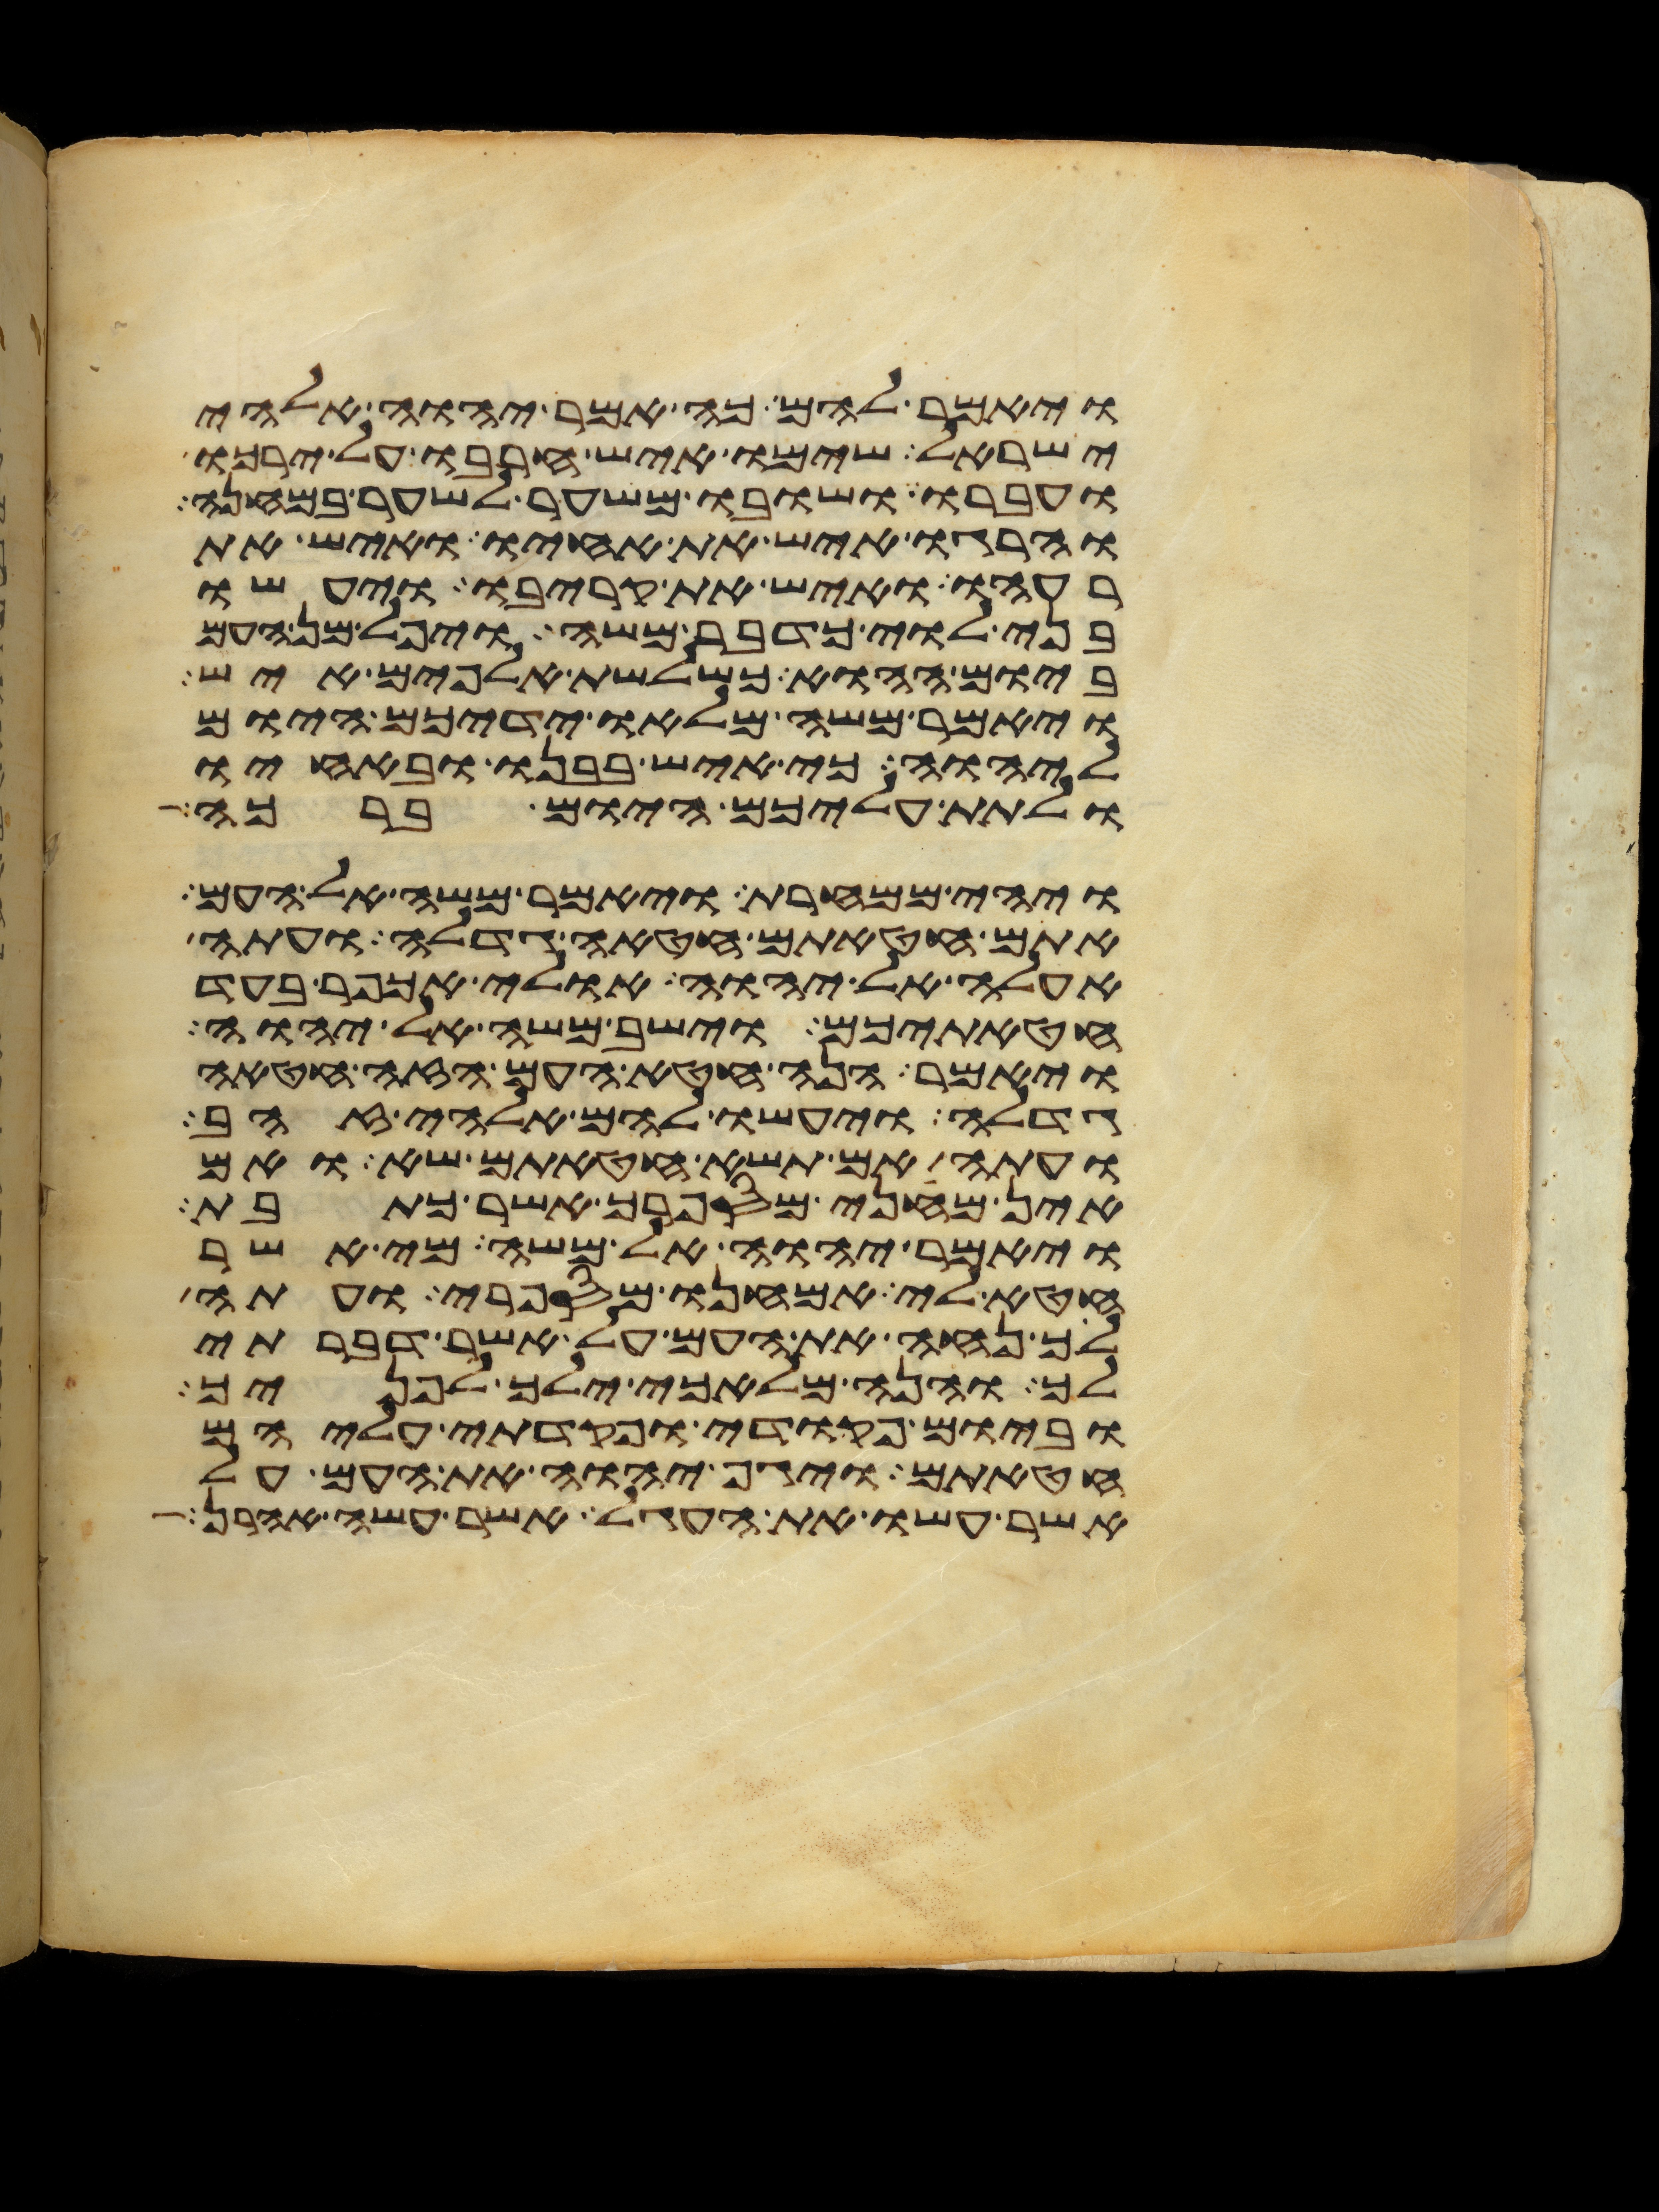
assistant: ויאמר להם כה אמר יהוה אלהי
ישראל שימו איש חרבו על ירכו
ועברו ושובו משער לשער במחנה
והרגו איש את אחיו ואיש את
רעהו ואיש את קריבו ויעשו
בני לוי כדבר משה ויפל מן העם
ביום ההוא כשלשת אלפים איש
ויאמר משה מלאו ידיכם היום
ליהוה כי איש בבנו ובאחיו
ולתת עליכם היום ברכה
ויהי ממחרת ויאמר משה אל העם
אתם חטאתם חטאה גדלה ועתה
אעלה אל יהוה אולי אכפר בעד
חטאתיכם וישב משה אל יהוה
ויאמר הנה חטא העם הזה חטאה
גדלה ויעשו להם אלהי זהב
ועתה אם תשא חטאתם שא ואם
אין מחני מספרך אשר כתבת
ויאמר יהוה אל משה מי אשר
חטא לי אמחנו מספרי ועתה
לך נחה את העם על אשר דברתי
לך והנה מלאכי ילך לפניך
וביום פקודי ופקדתי עליהם
חטאתם ויגף יהוה את העם על
אשר עשו את העגל אשר עשה אהרן